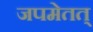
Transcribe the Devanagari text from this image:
जपमेतत्